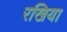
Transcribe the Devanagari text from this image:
रखिया